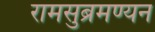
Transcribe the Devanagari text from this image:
रामसुब्रमण्यन